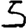
Digit: 5